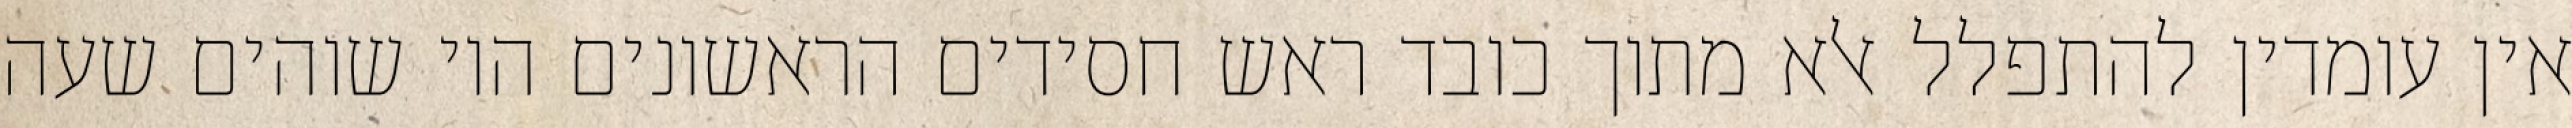
אין עומדין להתפלל אלא מתוך כובד ראש חסידים הראשונים היו שוהים שעה